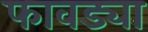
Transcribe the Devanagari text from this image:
फावड्या